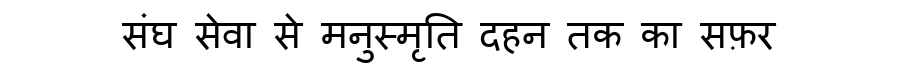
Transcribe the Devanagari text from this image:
संघ सेवा से मनुस्मृति दहन तक का सफ़र